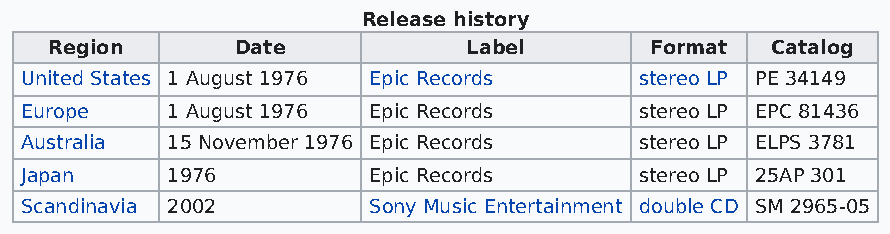
Release history
 Region       Date           Label       Format  Catalog
 United States 1 August 1976 Epic Records stereo LP PE 34149
 Europe    1 August 1976 Epic Records     stereo LP EPC 81436
 Australia 15 November 1976 Epic Records  stereo LP ELPS 3781
 Japan     1976         Epic Records      stereo LP 25AP 301
 Scandinavia 2002       Sony Music Entertainment double CD SM 2965-05